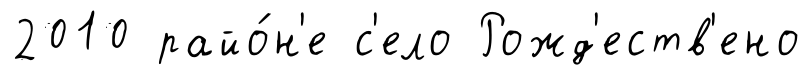
2010 райо́н'е с'ело Рожд'еств'ено